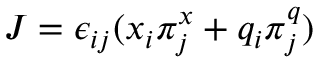
J = \epsilon _ { i j } ( x _ { i } \pi _ { j } ^ { x } + q _ { i } \pi _ { j } ^ { q } )